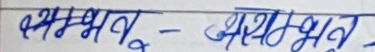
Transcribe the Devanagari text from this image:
अभ्युत् - अभ्युत्